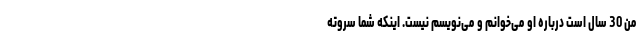
من 30 سال است درباره او می‌خوانم و می‌نویسم نیست. اینکه شما سروته